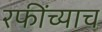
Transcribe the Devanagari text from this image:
रफींच्याच